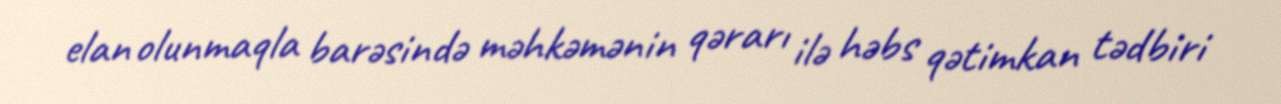
elan olunmaqla barəsində məhkəmənin qərarı ilə həbs qətimkan tədbiri